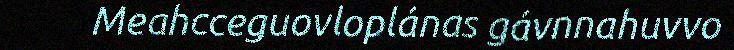
Meahcceguovloplánas gávnnahuvvo